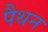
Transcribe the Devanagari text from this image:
पैथन